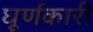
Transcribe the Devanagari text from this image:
घूर्णकारी